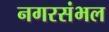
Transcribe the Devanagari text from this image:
नगरसंभल